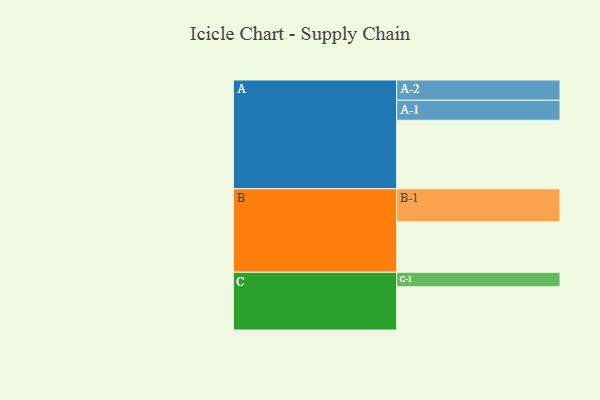
{"axis": {"x": "Segment", "y": "Value"}, "legend": ["", "A", "B", "C"], "data": [{"x": "A", "y": 548, "type": ""}, {"x": "B", "y": 403, "type": ""}, {"x": "C", "y": 346, "type": ""}, {"x": "A-1", "y": 160, "type": "A"}, {"x": "A-2", "y": 162, "type": "A"}, {"x": "B-1", "y": 265, "type": "B"}, {"x": "C-1", "y": 116, "type": "C"}]}